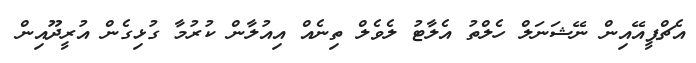
އެޗްޕީއޭއިން ނޭޝަނަލް ހެލްތު އެލާޓު ލެވެލް ތިނެއް އިއުލާން ކުރުމާ ގުޅިގެން އުރީދޫއިން